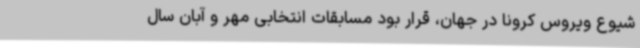
شیوع ویروس کرونا در جهان، قرار بود مسابقات انتخابی مهر و آبان سال